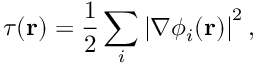
\tau ( \mathbf { r } ) = \frac { 1 } { 2 } \sum _ { i } \left| \nabla \phi _ { i } ( \mathbf { r } ) \right| ^ { 2 } ,